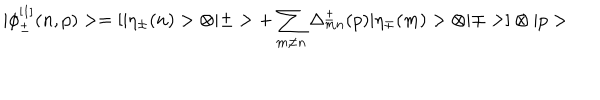
| \phi _ { \pm } ^ { [ 1 ] } ( n , p ) > = [ | \eta _ { \pm } ( n ) > \otimes | \pm > + \sum _ { m \ne n } \Delta _ { m n } ^ { \pm } ( p ) | \eta _ { \mp } ( m ) > \otimes | \mp > ] \otimes | p >